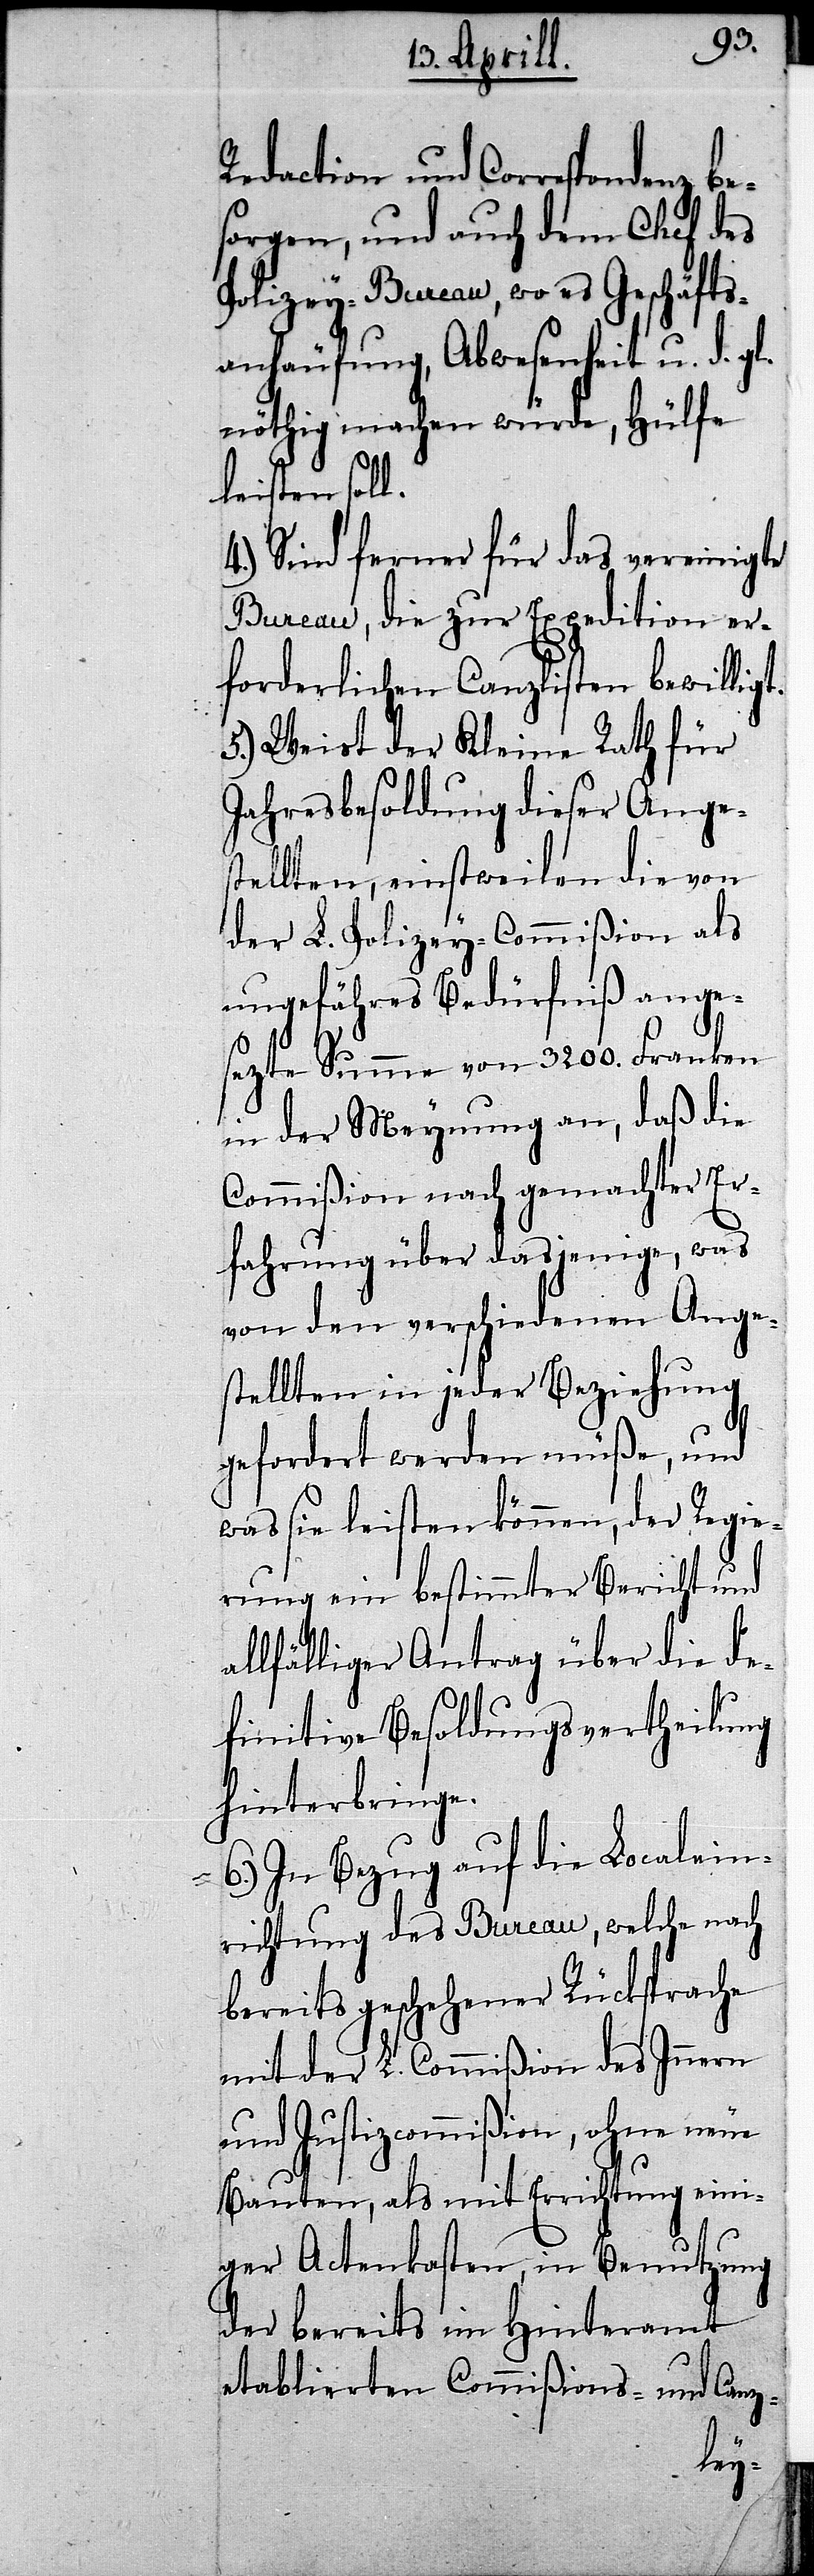
gt.
Redaction und Correspo¬
orgen, und auch dem Chef des
Polizey-Bureau, wo es Geschäfts¬
anhäufung, Abwesenheit u. d. gl.
nöthig machen würde, Hülfe
leisten soll.
4.) Sind ferner für das vereinigte
Bureau, die zur Expedition er¬
forderlichen Canzlisten bewilli¬
5.) Weist der Kleine Rath für
Jahresbesoldung dieser Anges¬
tellten, einstweilen die von
der L. Polizey-Commißion als
ungefähres Bedürfniß ange¬
sezte Summe von 3200. Franken
in der Meynung an, daß die
Commißion nach gemachter Er¬
fahrung über dasjenige, was
von den verschiedenen Ange¬
stellten in jeder Beziehung
und
gefordert werden müße,
was sie leisten können, der Regi¬
erung ein bestimmter Bericht und
allfälliger Antrag über die de¬
finitive Besoldungsvertheilung
hinterbringen.
6.) In Bezug auf die Localein¬
richtung des Bureau, welche nach
bereits geschehener Rücksprache
mit der L. Commißion der Innern
und Justizcommißion, ohne neue
Bauten, als mit Errichtung eini¬
ger Actenkasten, in Benutzung
der bereits im Hinteramt
etablierten Commißions- und Canz-